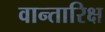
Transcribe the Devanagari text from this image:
वान्तारिक्ष